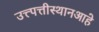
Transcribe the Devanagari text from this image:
उत्त्पत्तीस्थानआहे